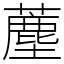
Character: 薼